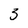
Character: 3